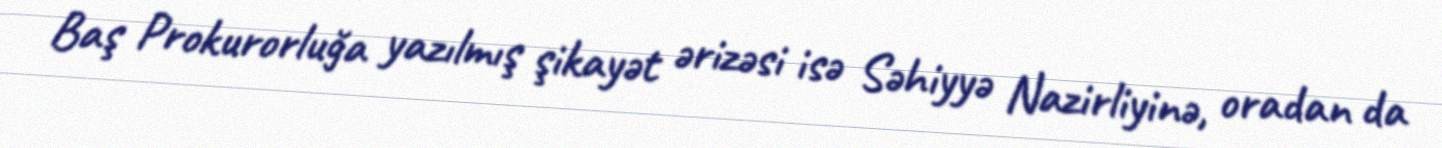
Baş Prokurorluğa yazılmış şikayət ərizəsi isə Səhiyyə Nazirliyinə, oradan da